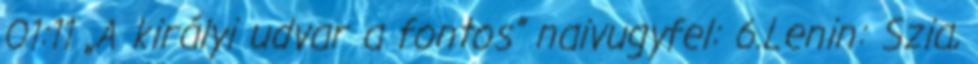
01:11 „A királyi udvar a fontos” naivugyfel: 6.Lenin: Szia,